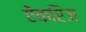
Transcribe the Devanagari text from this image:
ऐंकरिज